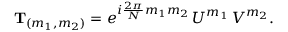
{ \bf T } _ { ( m _ { 1 } , m _ { 2 } ) } = e ^ { i { \frac { 2 \pi } { N } } m _ { 1 } m _ { 2 } } \, U ^ { m _ { 1 } } \, V ^ { m _ { 2 } } .